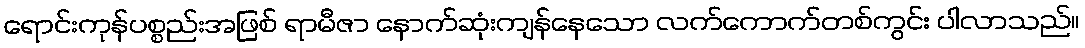
ရောင်းကုန်ပစ္စည်းအဖြစ် ရာမီဇာ နောက်ဆုံးကျန်နေသော လက်ကောက်တစ်ကွင်း ပါလာသည်။